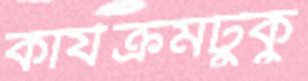
কার্যক্রমটুকু